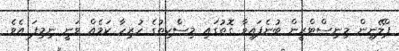
ޕްލޭނިން މިނިސްޓްރީން ބުނެފައިވާ ގޮތުގައި މިސްކިތުގެ ހުރިހާ ކަމެއް ވަނީ ނިމިފަ އެވެ.